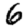
Digit: 6